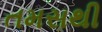
તમસથી